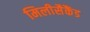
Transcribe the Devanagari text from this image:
मिलीसैकैंड